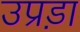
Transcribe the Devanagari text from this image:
उप्रड़ा